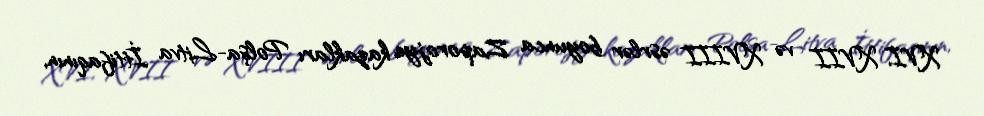
XVI, XVII və XVIII əsrlər boyunca Zaporojye kazakları Polşa-Litva İttifaqının,